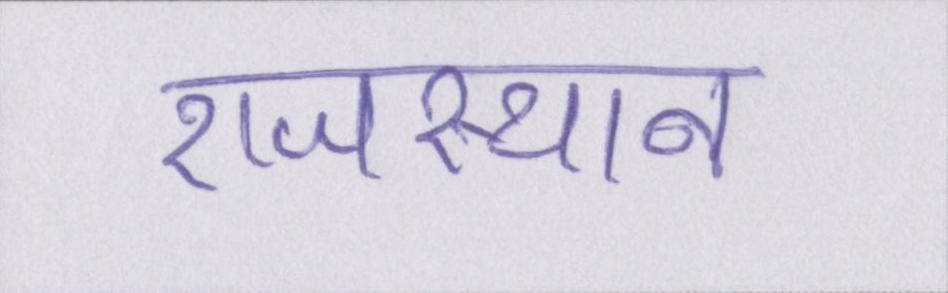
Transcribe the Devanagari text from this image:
राजस्थान